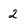
Character: 2